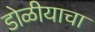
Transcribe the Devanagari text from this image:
डोळीयाचा